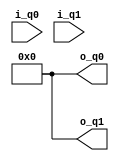
`timescale 1ns / 1ps
//////////////////////////////////////////////////////////////////////////////////
// Company: 
// Engineer: 
// 
// Design Name: 
// Module Name: Pauliy
// Project Name: 
// Target Devices: 
// Tool Versions: 
// Description: 
// 
// Dependencies: 
// 
// Revision:
// Revision 0.01 - File Created
// Additional Comments:
// 
//////////////////////////////////////////////////////////////////////////////////

//pauli y = [0 -i; i 0]

module Pauliy(    
    input signed [31:0] i_q0,
    input signed [31:0] i_q1,
    output signed [31:0] o_q0,
    output signed [31:0] o_q1
    );

    reg signed [15:0] r_q0_r = 0;
    reg signed [15:0] r_q0_i = 0;    
    reg signed [15:0] r_q1_r = 0;
    reg signed [15:0] r_q1_i = 0;

    reg signed [15:0] o_q0_r = 0;
    reg signed [15:0] o_q0_i = 0;                
    reg signed [15:0] o_q1_r = 0;           
    reg signed [15:0] o_q1_i = 0; 
               
    always@(*)begin
        o_q0_r <= 0 - r_q1_i;
        o_q0_i <= r_q1_r;
        o_q1_r <= r_q0_i;
        o_q1_i <= 0 - r_q0_r;
    end           
               
    assign o_q0 = {o_q0_r, o_q0_i};
    assign o_q1 = {o_q1_r, o_q1_i};
    
endmodule